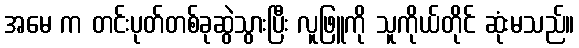
အမေ က တင်းပုတ်တစ်ခုဆွဲသွားပြီး လူဖြူကို သူကိုယ်တိုင် ဆုံးမသည်။